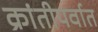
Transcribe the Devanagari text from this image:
क्रांतीपर्वात